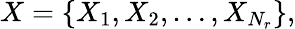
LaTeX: X=\left\{ X_{1},X_{2},\dots,X_{N_{r}}\right\} ,